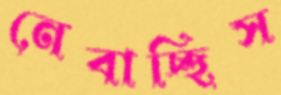
নেবাচ্ছিস